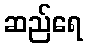
ဆည်ရေ